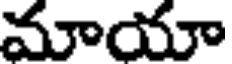
మాయా